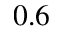
0 . 6